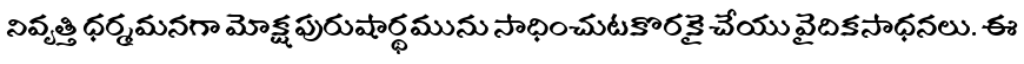
నివృత్తి ధర్మమనగా మోక్షపురుషార్థమును సాధించుటకొరకై చేయు వైదికసాధనలు. ఈ